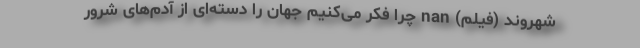
شهروند (فیلم) nan چرا فکر می‌کنیم جهان را دسته‌ای از آدم‌های شرور